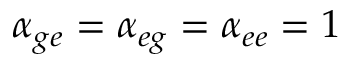
\alpha _ { g e } = \alpha _ { e g } = \alpha _ { e e } = 1